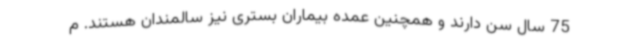
75 سال سن دارند و همچنین عمده بیماران بستری نیز سالمندان هستند. م